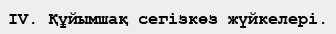
IV. Құйымшақ сегізкөз жүйкелері.